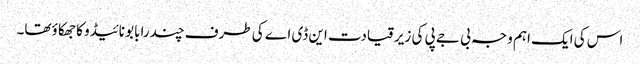
اس کی ایک اہم وجہ بی جے پی کی زیرقیادت این ڈی اے کی طرف چندرابابو نائیڈو کا جھکا ؤتھا۔